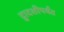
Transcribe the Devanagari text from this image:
द्वादशीपर्यंत